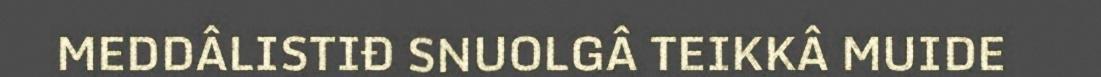
MEDDÂLISTIĐ SNUOLGÂ TEIKKÂ MUIDE